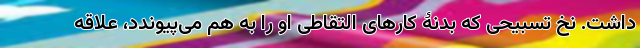
داشت. نخ تسبیحی که بدنۀ کارهای التقاطی او را به هم می‌پیوندد، علاقه